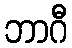
ဘာဂီ